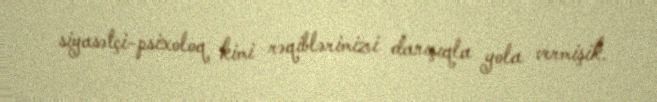
siyasətçi-psixoloq kimi rəqiblərimizi danışıqla yola vermişik.